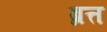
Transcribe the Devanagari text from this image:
ब्रत्त